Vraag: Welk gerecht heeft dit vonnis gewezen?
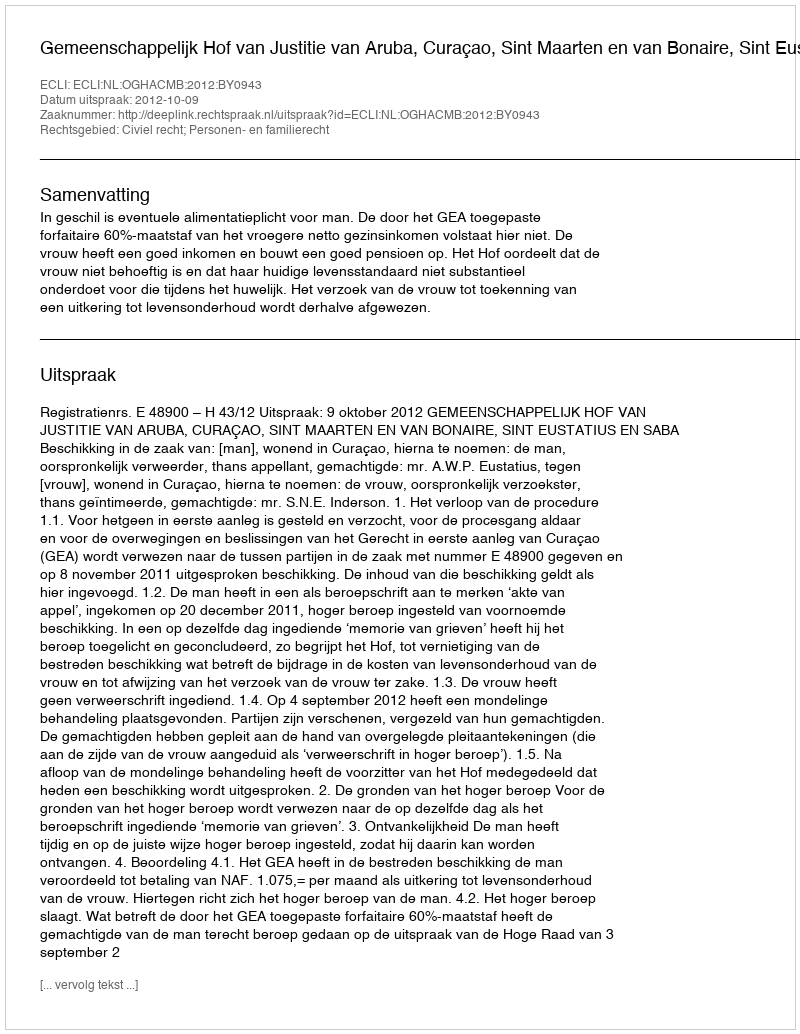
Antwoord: Gemeenschappelijk Hof van Justitie van Aruba, Curaçao, Sint Maarten en van Bonaire, Sint Eustatius en Saba